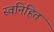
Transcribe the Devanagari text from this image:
स्वनिहित